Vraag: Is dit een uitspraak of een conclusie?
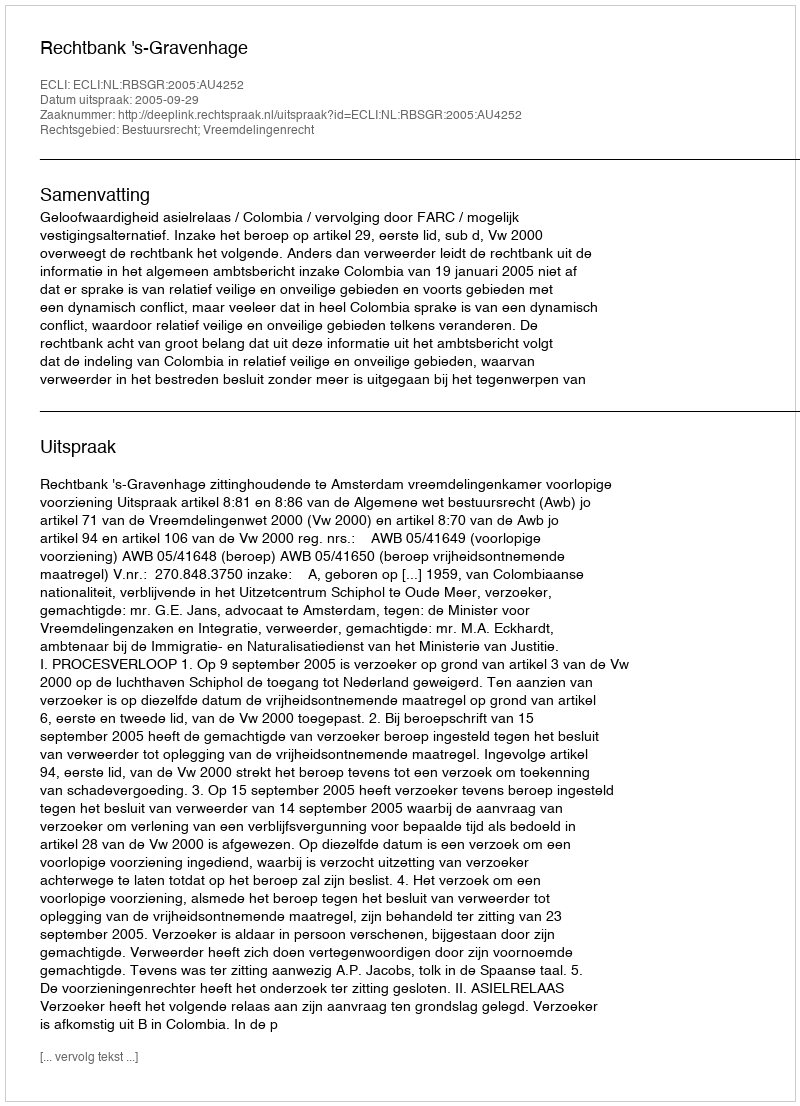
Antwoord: Uitspraak